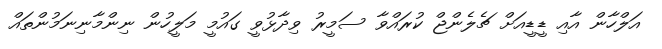
އަލްހާން އާއި ޑީޑީއަށް ޗެލެންޖް ކުރައްވާ ސަމީރު ވިދާޅުވީ ގައުމީ މަލީހުން ނިންމާނިނަމުންތައް